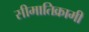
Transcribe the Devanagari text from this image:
सीमातिक्रामी